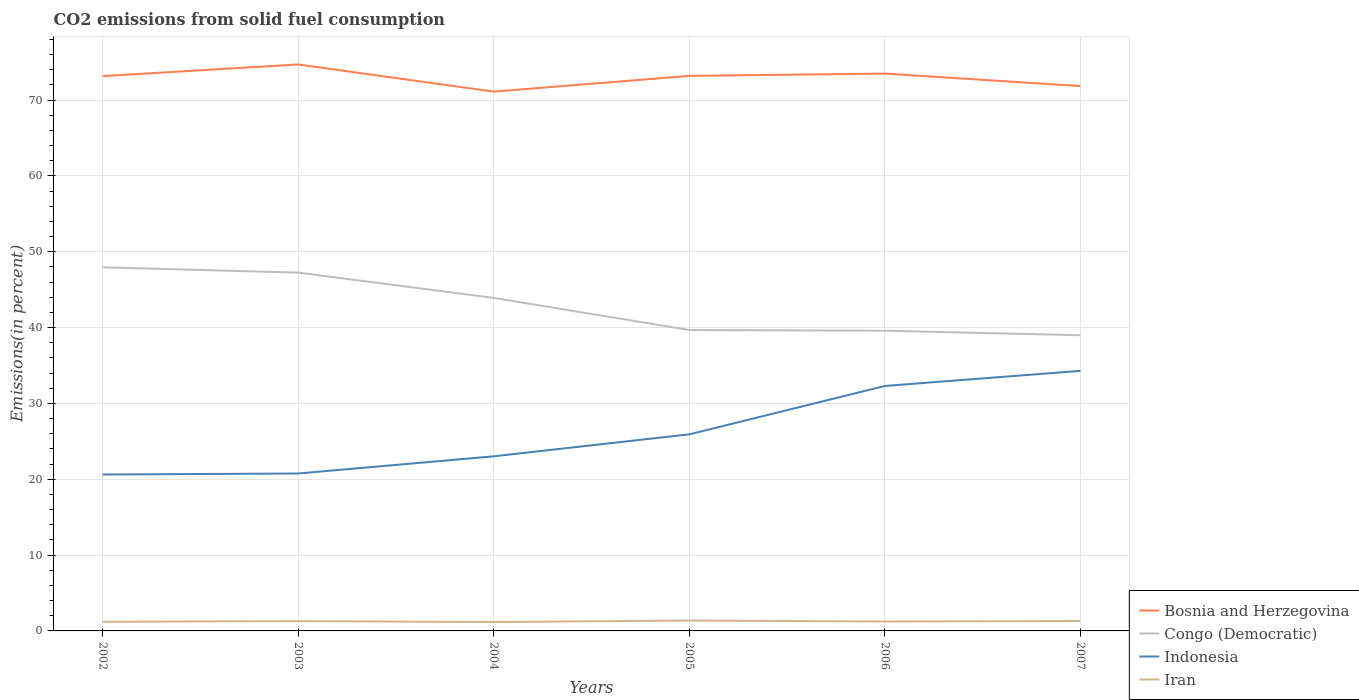
| Years | Bosnia and Herzegovina | Congo (Democratic) | Indonesia | Iran |
 | --- | --- | --- | --- | --- |
 | 2002 | 73.2 | 47.9 | 20.6 | 1.21 |
 | 2003 | 74.7 | 47.2 | 20.8 | 1.29 |
 | 2004 | 71.1 | 43.9 | 23 | 1.17 |
 | 2005 | 73.2 | 39.7 | 25.9 | 1.37 |
 | 2006 | 73.5 | 39.6 | 32.3 | 1.24 |
 | 2007 | 71.8 | 39 | 34.3 | 1.31 |